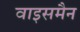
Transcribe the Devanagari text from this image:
वाइसमैन